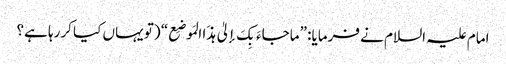
امام علیہ السلام نے فرمایا: ”ماجاءَ بِکَ إلیٰ ہذَا المَوضِع“ (تو یہاں کیا کررہا ہے؟